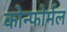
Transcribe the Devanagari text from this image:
कोन्फोर्मल